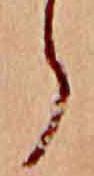
ら